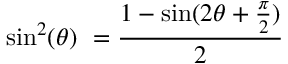
\sin ^ { 2 } ( \theta ) \ = { \frac { 1 - \sin ( 2 \theta + { \frac { \pi } { 2 } } ) } { 2 } }